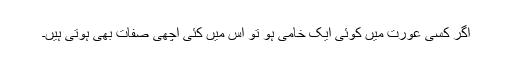
اگر کسی عورت میں کوئی ایک خامی ہو تو اس میں کئی اچھی صفات بھی ہوتی ہیں۔